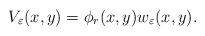
LaTeX: \begin{align*}V_{\varepsilon} (x,y)=\phi _{r}(x,y)w_{\varepsilon }(x,y).\end{align*}